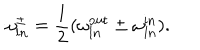
\omega _ { l n } ^ { \pm } = \frac { 1 } { 2 } ( \omega _ { l n } ^ { \mathrm { o u t } } \pm \omega _ { l n } ^ { \mathrm { i n } } ) .